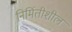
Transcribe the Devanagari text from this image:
निर्मितीशील